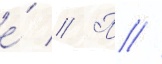
е́ // П //